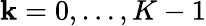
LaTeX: \mathbf{k}=0,\ldots,K-1